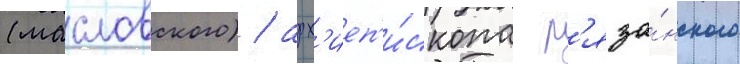
(масловского) / арх'иеп'и́скопа р'яза́нского